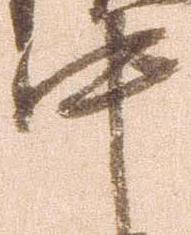
中